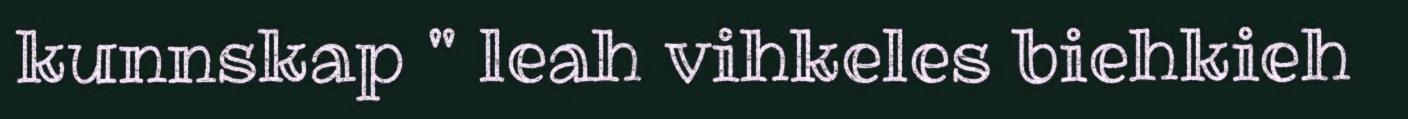
kunnskap " leah vihkeles biehkieh